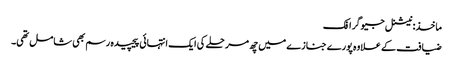
ماخذ: نیشنل جیوگرافک
ضیافت کے علاوہ پورے جنازے میں چھ مرحلے کی ایک انتہائی پیچیدہ رسم بھی شامل تھی۔